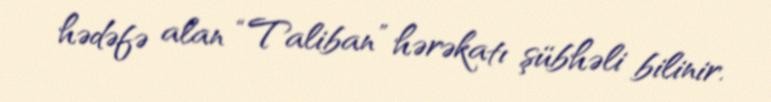
hədəfə alan “Taliban” hərəkatı şübhəli bilinir.